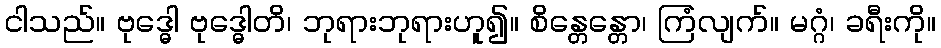
ငါသည်။ ဗုဒ္ဓေါ ဗုဒ္ဓေါတိ၊ ဘုရားဘုရားဟူ၍။ စိန္တေန္တော၊ ကြံလျက်။ မဂ္ဂံ၊ ခရီးကို။